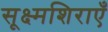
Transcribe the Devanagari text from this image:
सूक्ष्मशिराएँ